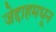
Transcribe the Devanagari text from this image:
जेद्दाहमधून